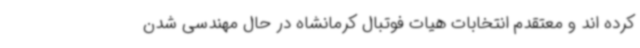
کرده اند و معتقدم انتخابات هیات فوتبال کرمانشاه در حال مهندسی شدن